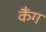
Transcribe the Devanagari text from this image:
कैंग